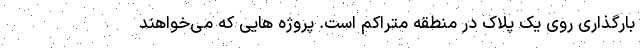
بارگذاری روی یک پلاک در منطقه متراکم است. پروژه هایی که می‌خواهند